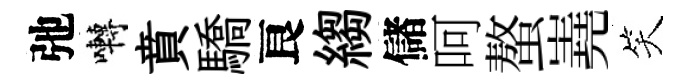
弛囀賁驕良縐儲呵螯嶤笑